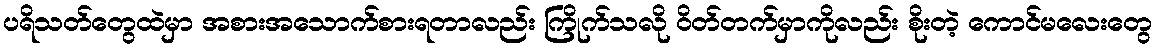
ပရိသတ်တွေထဲမှာ အစားအသောက်စားရတာလည်း ကြိုက်သလို ဝိတ်တက်မှာကိုလည်း စိုးတဲ့ ကောင်မလေးတွေ